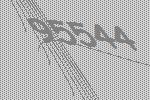
95544